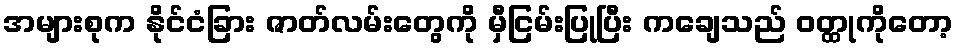
အများစုက နိုင်ငံခြား ဇာတ်လမ်းတွေကို မှီငြမ်းပြုပြီး ကချေသည် ဝတ္ထုကိုတော့